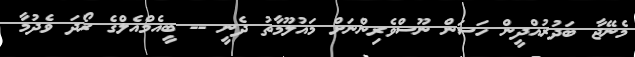
މެނޭޖާ ބަދުރުއްދީން ހަސަން ނޫސްވެރިންނަށް މައުލޫމާތު ދެނީ -- ބީއެމްއެލްގެ ރޯދަ ވެދުމާ